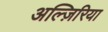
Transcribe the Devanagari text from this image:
अल्ज़िरिया